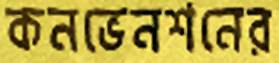
কনভেনশনের